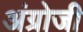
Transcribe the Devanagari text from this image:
अंग्रोजी